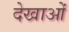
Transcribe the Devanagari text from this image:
देखाओं